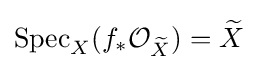
\operatorname {Spec} _{X}(f_{*}{\mathcal {O}}_{\widetilde {X}})={\widetilde {X}}